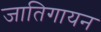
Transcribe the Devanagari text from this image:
जातिगायन